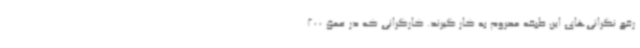
رفع نگرانی‌های این طبقه محروم به کار گیرند. کارگرانی که در عمق 200